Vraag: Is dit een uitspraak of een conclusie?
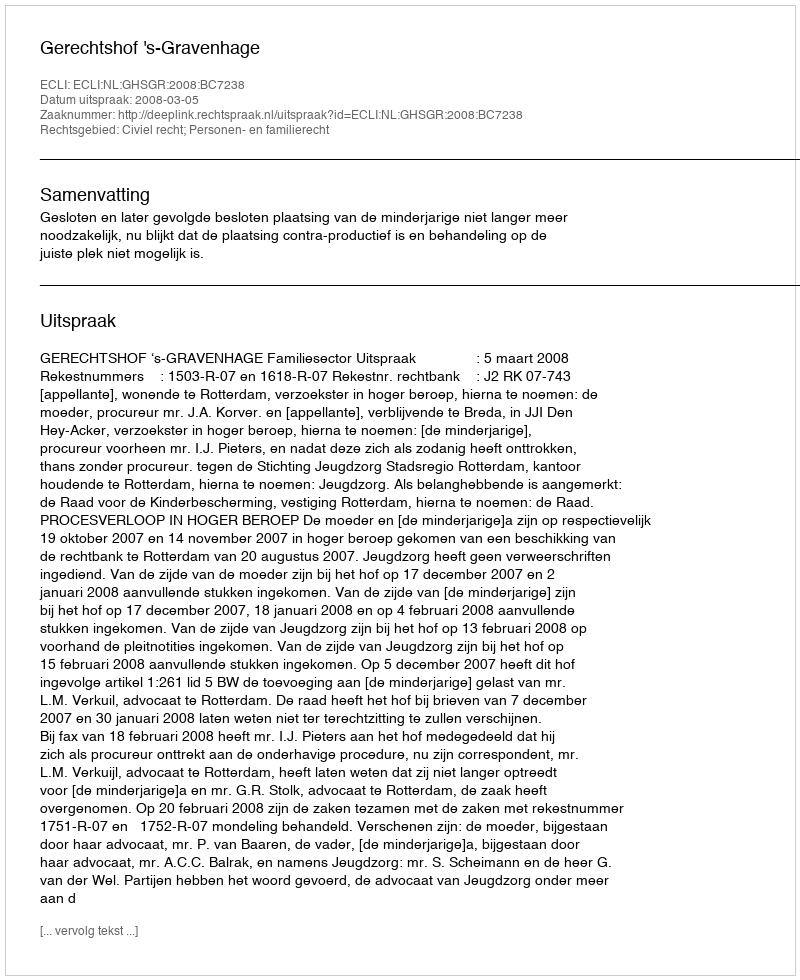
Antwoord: Uitspraak